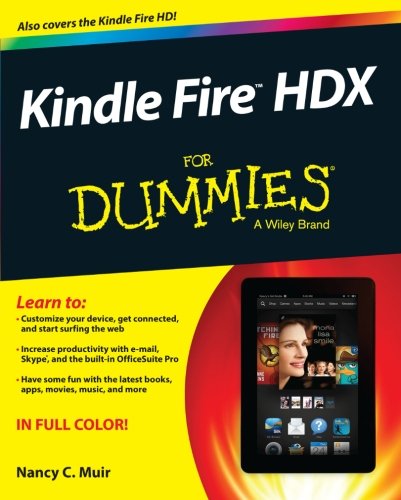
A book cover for Kindle Fire HDX For Dummies; Nancy C. Muir; Computers & Technology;